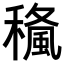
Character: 𥢓